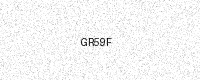
Text: GR59F